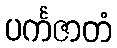
ပင်္ကဇာတံ